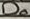
Text: D0